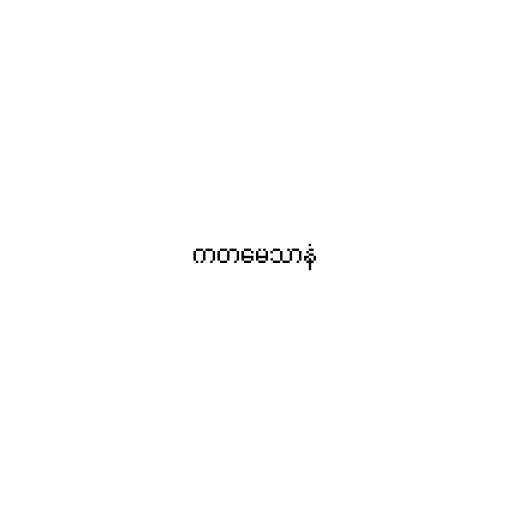
ကတမေသာနံ